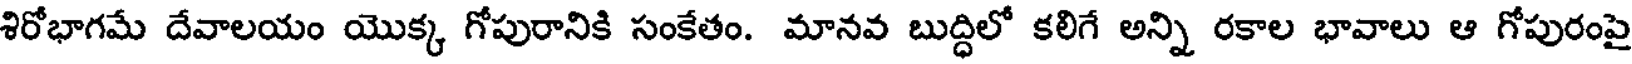
శిరోభాగమే దేవాలయం యొక్క గోపురానికి సంకేతం. మానవ బుద్ధిలో కలిగే అన్ని రకాల భావాలు ఆ గోపురంపై